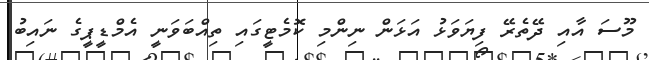
މޫސަ އާއި ދޭތެރޭ ފިޔަވަޅު އަޅަން ނިންމި ކޮމެޓީގައި ތިއްބަވަނީ އެމްޑީޕީގެ ނައިބު